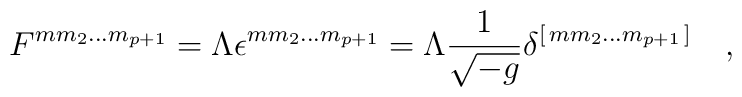
F^{m m_2\dots m_{p+1}}= \Lambda \epsilon^{m m_2\dots m_{p+1}}=\Lambda {1\over \sqrt{- g} }\delta^{[\, m m_2\dots m_{p+1}\,]}\quad ,